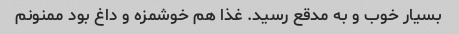
بسیار خوب و به مدقع رسید. غذا هم خوشمزه و داغ بود ممنونم